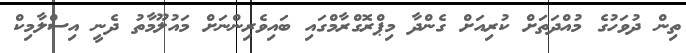
ތިން ދުވަހުގެ މުއްދަތަށް ކުރިއަށް ގެންދާ މިޕްރޮގްރާމްގައި ބައިވެރިންނަށް މައުލޫމާތު ދެނީ އިސްލާމިކް